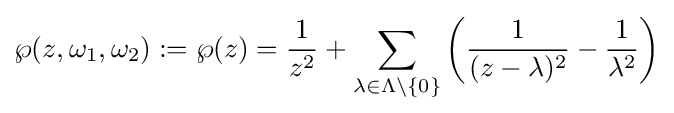
\wp (z,\omega _{1},\omega _{2}):=\wp (z)={\frac {1}{z^{2}}}+\sum _{\lambda \in \Lambda \setminus \{0\}}\left({\frac {1}{(z-\lambda )^{2}}}-{\frac {1}{\lambda ^{2}}}\right)